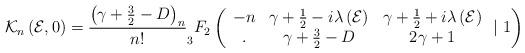
LaTeX: \begin{align*}\mathcal{K}_{n}\left( \mathcal{E},0\right) =\frac{\left( \gamma +\frac{3}{2}-D\right) _{n}}{n!}_{3}F_{2}\left(\begin{array}{ccc}-n & \gamma +\frac{1}{2}-i\lambda \left( \mathcal{E}\right) & \gamma +\frac{1}{2}+i\lambda \left( \mathcal{E}\right) \\. & \gamma +\frac{3}{2}-D & 2\gamma +1\end{array}\mid 1\right) \end{align*}